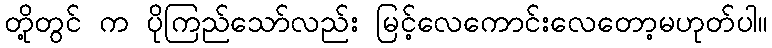
တို့တွင် က ပိုကြည်သော်လည်း မြင့်လေကောင်းလေတော့မဟုတ်ပါ။